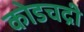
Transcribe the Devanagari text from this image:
कोडचद्री